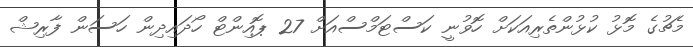
މެޗުގެ މޮޅު ކުޅުންތެރިއަކަށް ހޮވުނީ ކަސްޓަމްސްއަށް 27 ޕޮއިންޓް ހޯދައިދިން ހަސަން ފާރިޝް